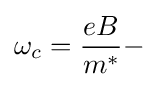
\omega _{c}={\frac {eB}{m^{*}}}-\